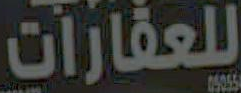
للعقارات